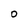
Character: O